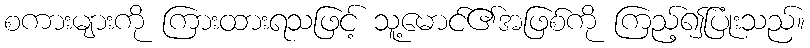
စကားများကို ကြားထားရသဖြင့် သူ့မောင်၏အဖြစ်ကို ကြည့်၍ပြုံးသည်။